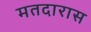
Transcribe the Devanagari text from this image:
मतदारास